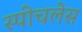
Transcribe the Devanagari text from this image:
स्‍पीचलेस